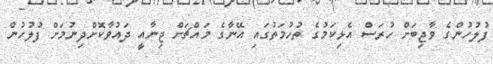
ފުލުހުންގެ ވާޖިބަށް ހުރަސް އެޅިކަމުގެ ތުހުމަތުގައި އޭނާގެ މައްޗަށް ޖިނާއީ ދައުވާކޮށްދިނުމަށް ފުލުހުން